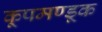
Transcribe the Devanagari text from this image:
कूपमण्डूक